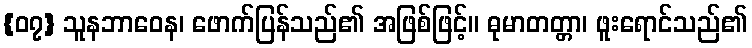
{၀၇} သူနဘာဝေန၊ ဖောက်ပြန်သည်၏ အဖြစ်ဖြင့်။ ဓုမာတတ္တာ၊ ဖူးရောင်သည်၏